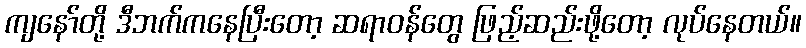
ကျနော်တို့ ဒီဘက်ကနေပြီးတော့ ဆရာဝန်တွေ ဖြည့်ဆည်းဖို့တော့ လုပ်နေတယ်။